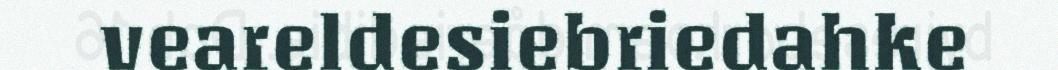
veareldesiebriedahke